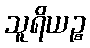
သူရိယဉ္စ